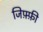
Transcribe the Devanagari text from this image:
जिफ़्फ़ी